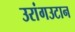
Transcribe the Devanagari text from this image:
उरांगउटान